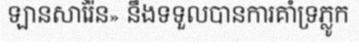
ឡានសារ៉ែន» នឹងទទួលបានការគាំទ្រភ្លូក